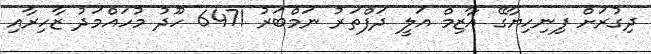
ދިގުރަށް ފިނިހިޔާގޭ އާޒިމް އަލީ ދަފްތަރު ނަމްބަރު 6471 ހޫދު މުހައްމަދު ޒާހިރާއި